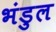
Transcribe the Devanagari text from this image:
भंडुल